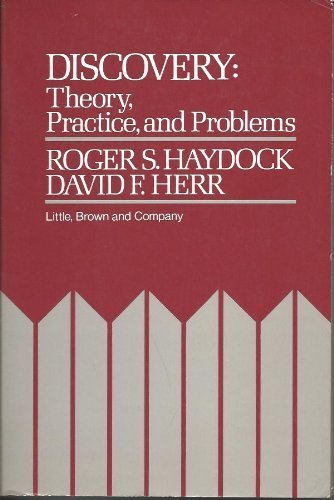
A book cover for Discovery: Theory Practice and Problems; Roger S. Haydock; Law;